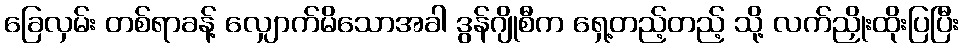
ခြေလှမ်း တစ်ရာခန့် လျှောက်မိသောအခါ ဒွန်ဂျိုစီက ရှေ့တည့်တည့် သို့ လက်ညှိုးထိုးပြပြီး